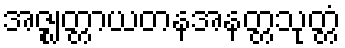
အဇ္ဈတ္တာယတနအနတ္တသုတ္တံ